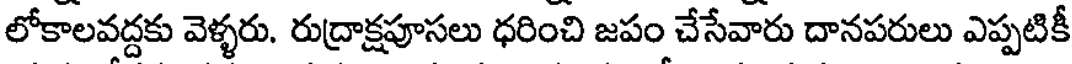
లోకాలవద్దకు వెళ్ళరు. రుద్రాక్షపూసలు ధరించి జపం చేసేవారు దానపరులు ఎప్పటికీ